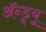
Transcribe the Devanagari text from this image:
अॅन्ड्र्यू